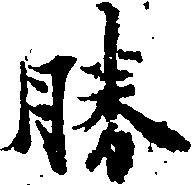
勝